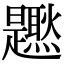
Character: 𤓐